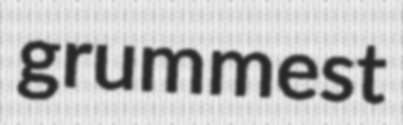
grummest